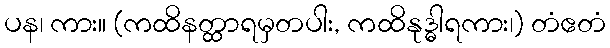
ပန၊ ကား။ (ကထိနတ္ထာရမှတပါး, ကထိနုဒ္ဓါရကား၊) တံဧတံ